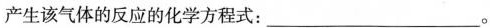
产生该气体的反应的化学方程式：___。